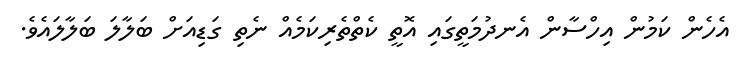
އެހެން ކަމުން އިހްސާން އެނދުމަތީގައި އޮތީ ކެތްތެރިކަމެއް ނެތި ގަޑިއަށް ބަލާލަ ބަލާލައެވެ.